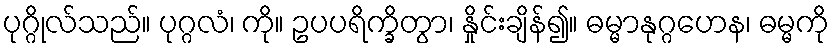
ပုဂ္ဂိုလ်သည်။ ပုဂ္ဂလံ၊ ကို။ ဥပပရိက္ခိတွာ၊ နှိုင်းချိန်၍။ ဓမ္မာနုဂ္ဂဟေန၊ ဓမ္မကို